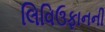
લિવિઉફાનની